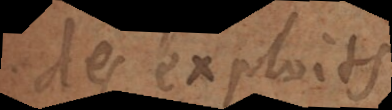
s exploits